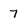
Character: 7